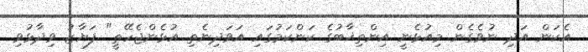
އެކަން އަދި ނުވެގެން މިއުޅެނީ އިންތިޚާބުގެ ކަންކަމުގައި އަވަދިނެތި އުޅެންޖެހޭތީ" ފަޔާޒު ވިދާޅުވި